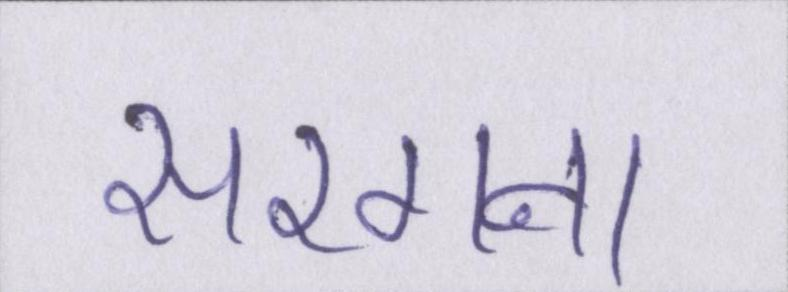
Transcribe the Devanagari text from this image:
सरगना